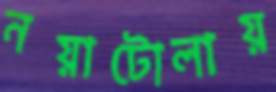
নয়াটোলায়